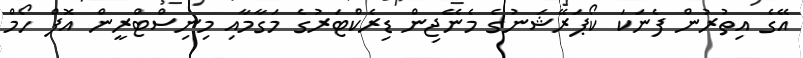
އޭގެ އިތުރުން ފެނަކަ ކޯޕަރޭޝަނުގެ މެނޭޖިން ޑިރެކްޓަރުގެ މަގާމާއި މިނިސްޓްރީން އޮފް ހޯމް